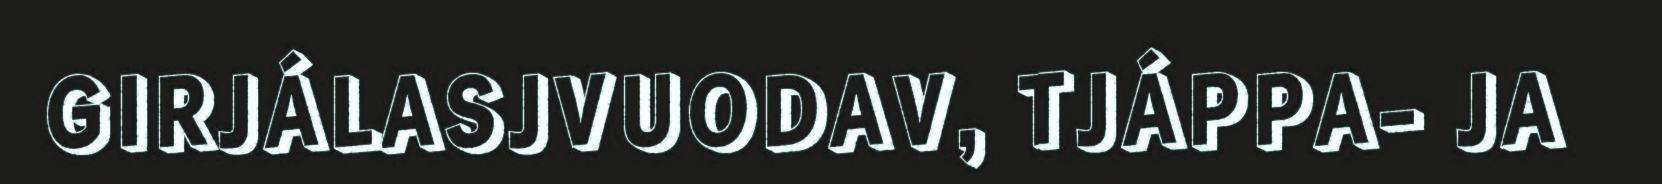
GIRJÁLASJVUODAV, TJÁPPA- JA